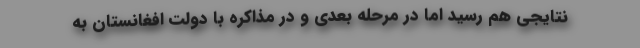
نتایجی هم رسید اما در مرحله بعدی و در مذاکره با دولت افغانستان به